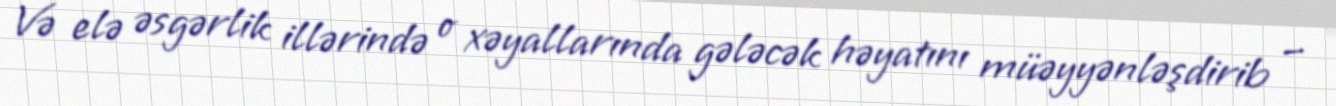
Və elə əsgərlik illərində o xəyallarında gələcək həyatını müəyyənləşdirib –